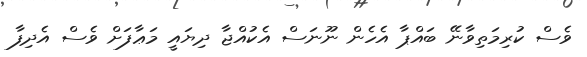
ވެސް ކުރިމަތިވާނޭ ބައްޕާ އެހެން ނޫނަސް އެކުއްޖާ ދިޔައީ މަޢާފަށް ވެސް އެދިފާ